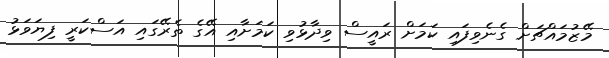
މޭޒުމައްޗަށް ގެނެވިފައި ކަމަށް ރައީސް ވިދާޅުވި ކަމަށާއި އޭގެ ތެރޭގައި އަސްކަރީ ފިޔަވަޅު